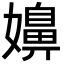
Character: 嬶